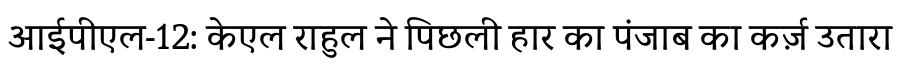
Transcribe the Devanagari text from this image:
आईपीएल-12: केएल राहुल ने पिछली हार का पंजाब का कर्ज़ उतारा